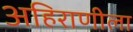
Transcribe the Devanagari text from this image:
अहिराणीला